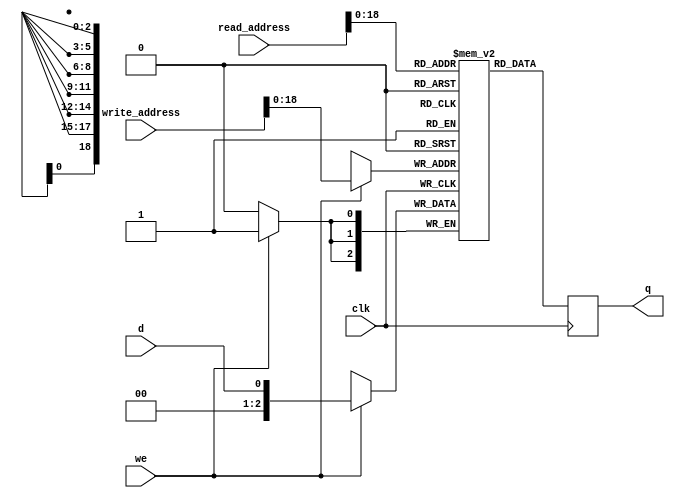
/*
 * Example 12-14: Single-Clock Synchronous RAM with Old Data ReadDuringWrite Behavior
 *
 * Quartus II handbook
 * https://www.altera.com/content/dam/altera-www/global/en_US/pdfs/literature/hb/qts/quartusii_handbook.pdf
 *
 */

module vga_ram(
    output reg [2:0] q,
    input d,
    input [19:0] write_address, read_address,
    input we, clk
);
    // 1 pixel per address :)
    reg [2:0] mem [383999:0] /* synthesis ram_init_file = "../mif/vga.mif" */;

    always @ (posedge clk) begin
        if (we)
            mem[write_address] <= d;
        q <= mem[read_address]; // q doesn't get d in this clock cycle
    end

endmodule